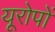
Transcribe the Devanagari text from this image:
यूरोपों